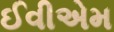
ઈવીએમ